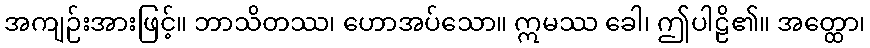
အကျဉ်းအားဖြင့်။ ဘာသိတဿ၊ ဟောအပ်သော။ ဣမဿ ခေါ၊ ဤပါဠိ၏။ အတ္ထော၊